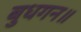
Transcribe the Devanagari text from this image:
बुधगन॥